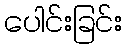
ပေါင်းခြင်း